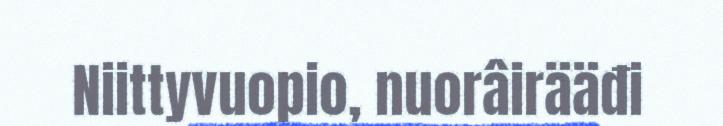
Niittyvuopio, nuorâirääđi